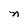
Character: n